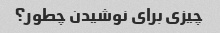
چیزی برای نوشیدن چطور؟